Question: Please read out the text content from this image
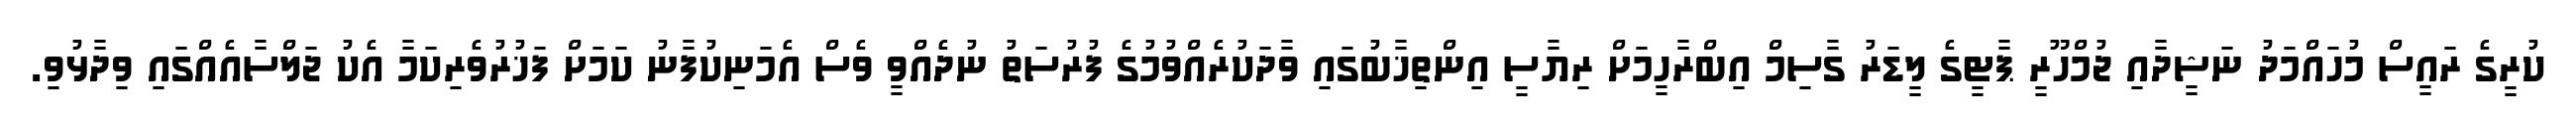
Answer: ކުރީގެ ރައީސް މުހައްމަދު ނަޝީދާއި ޖުމްހޫރީ ޕާޓީގެ ލީޑަރު ގާސިމް އިބްރާހީމަށް ރިޔާސީ އިންތިޚާބުގައި ވާދަކުރެއްވުމުގެ ފުރުސަތު ނުދެއްވީ ވެސް އެމަނިކުފާނު ކަމަށް ފަޚުރުވެރިކަމާ އެކު ޖަލްސާއެއްގައި ވިދާޅުވި.